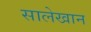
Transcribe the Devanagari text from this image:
सालेखान